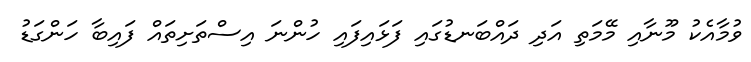
ވުމާއެކު މޫނާއި މޭމަތި އަދި ދައްބަނޑުގައި ފަޅައިފައި ހުންނަ އިސްތަށިތައް ފައިބާ ހަންގަޑު